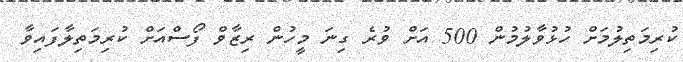
ކުރިމަތިލުމަށް ހުޅުވާލުމުން 500 އަށް ވުރެ ގިނަ މީހުން ރިޒާވް ފޯސްއަށް ކުރިމަތިލާފައިވާ